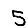
Digit: 5